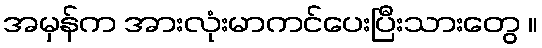
အမှန်က အားလုံးမာကင်ပေးပြီးသားတွေ ။